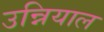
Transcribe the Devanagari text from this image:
उन्नियाल